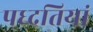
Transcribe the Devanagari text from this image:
पध्दतियां